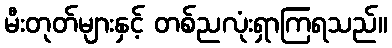
မီးတုတ်များနှင့် တစ်ညလုံးရှာကြရသည်။